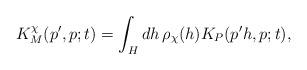
LaTeX: \begin{align*}K_M^\chi ( p', p; t )=\int_H dh \, \rho_\chi(h) K_P ( p'h, p; t ),\end{align*}